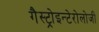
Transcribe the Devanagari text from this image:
गैस्ट्रोइन्टेरोलोजी